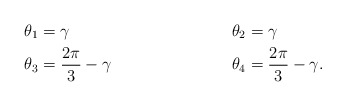
\begin{align*}\theta_1 &= \gamma & \theta_2&= \gamma\\\theta_3 &= \frac{2\pi}{3}-\gamma & \theta_4&= \frac{2\pi}{3}-\gamma.\end{align*}